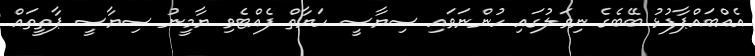
އެއްބައްޕާފުޅު ބޭބެގެ ނިވަލުގައި ހުންނަވައި ސިޔާސީ ހަޔާތް ފެއްޓެވި ޔާމީނު ސިޔާސީ ޕާތީތައް